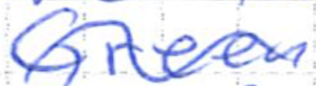
Text: Green
Cross-out: wave
Writing tool: ballpoint